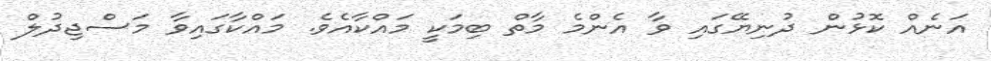
އަނެއް ކޮޅުން ދުނިޔޭގައި ވާ އެންމެ މާތް ބިމަކީ މައްކާއެވެ. މައްކާގައިވާ މަސްޖިދުލް